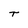
Character: T